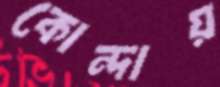
কোন্দায়